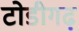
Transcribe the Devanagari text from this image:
टोडीगढ़